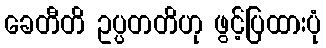
ခေတီတိ ဥပ္ပတတိဟု ဖွင့်ပြထားပုံ